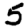
Digit: 5